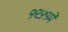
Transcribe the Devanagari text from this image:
१९५१में